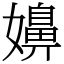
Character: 嬶